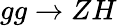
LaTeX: gg\to ZH